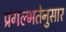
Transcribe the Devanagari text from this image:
प्रगल्भतेनुसार